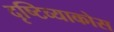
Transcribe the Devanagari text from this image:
दृष्टिव्याकोस